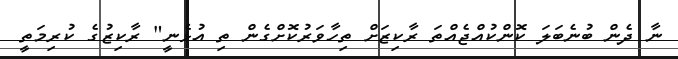
ނާ ދެން ބުނެބަލަ ކޮންކުއްޖެއްތަ ރާކިޒަށް ތިހާވަރުކޮށްގެން ތި އުޅެނީ" ރާކިޒުގެ ކުރިމަތީ